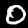
Digit: 0